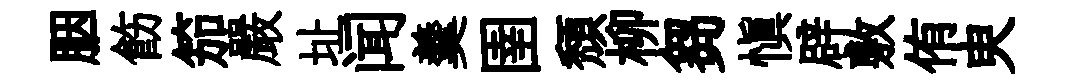
胭飭笳嚴址闻羹圉頹柳芻愼辟敷侑㬰